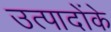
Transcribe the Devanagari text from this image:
उत्पादोंके